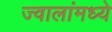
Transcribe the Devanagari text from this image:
ज्वालांमध्ये